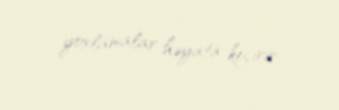
yoxlamalar həyata keçirir.